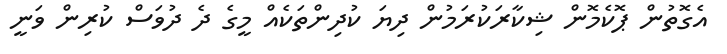
އެގޮތުން ޕޮކެމޮން ޝިކާރަކުރަމުން ދިޔަ ކުދިންތަކެއް މީގެ ދެ ދުވަސް ކުރިން ވަނީ